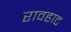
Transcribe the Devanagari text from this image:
रावहाट